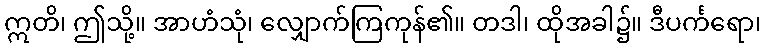
ဣတိ၊ ဤသို့။ အာဟံသုံ၊ လျှောက်ကြကုန်၏။ တဒါ၊ ထိုအခါ၌။ ဒီပင်္ကရော၊